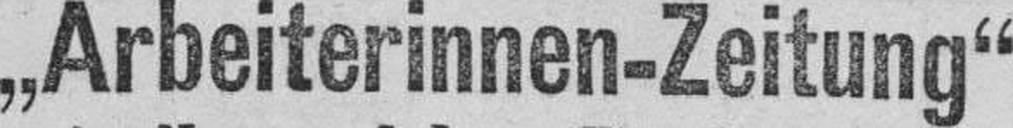
„Arbeiterinnen-Zeitung“